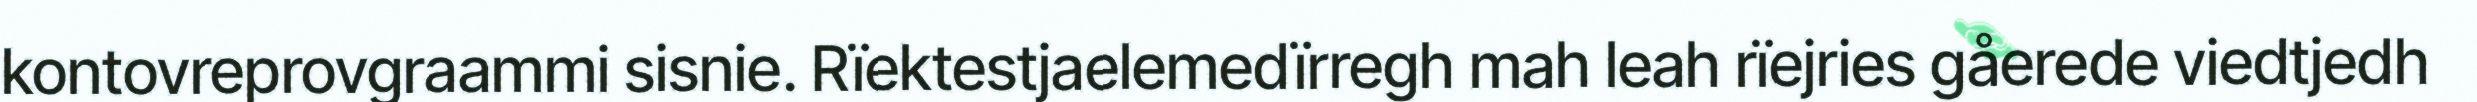
kontovreprovgraammi sisnie. Rïektestjaelemedïrregh mah leah rïejries gåerede viedtjedh